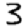
Digit: 3